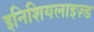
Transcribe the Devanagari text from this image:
इनिशियलाइज़्ड